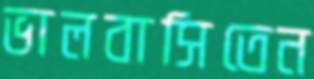
ভালবাসিতেন